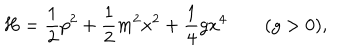
H = { \frac { 1 } { 2 } } p ^ { 2 } + { \frac { 1 } { 2 } } m ^ { 2 } x ^ { 2 } + { \frac { 1 } { 4 } } g x ^ { 4 } \qquad ( g > 0 ) ,